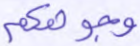
وجوهكم